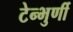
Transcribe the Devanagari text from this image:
टेन्भुर्णी